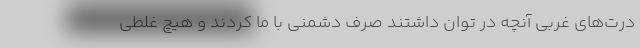
درت‌های غربی آنچه در توان داشتند صرف دشمنی با ما کردند و هیچ غلطی